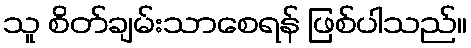
သူ စိတ်ချမ်းသာစေရန် ဖြစ်ပါသည်။